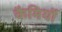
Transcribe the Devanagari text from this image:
कैमियों